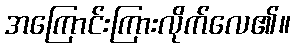
အကြောင်းကြားလိုက်လေ၏။